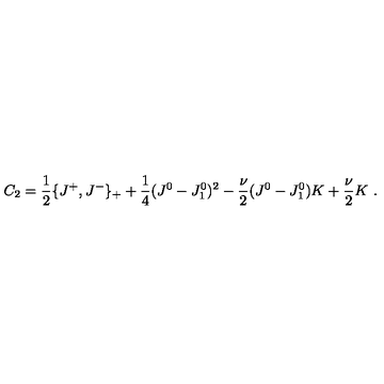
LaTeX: C _ { 2 } = { \frac { 1 } { 2 } } \{ J ^ { + } , J ^ { - } \} _ { + } + { \frac { 1 } { 4 } } ( J ^ { 0 } - J _ { 1 } ^ { 0 } ) ^ { 2 } - { \frac { \nu } { 2 } } ( J ^ { 0 } - J _ { 1 } ^ { 0 } ) K + { \frac { \nu } { 2 } } K \ .